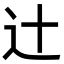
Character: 辻